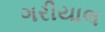
ગરીયાલ